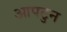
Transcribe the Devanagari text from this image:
आपटुन